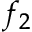
f _ { 2 }